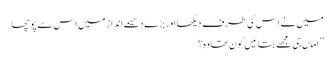
میں نے اس کی طرف دیکھا اور بڑے دھیمے انداز میں اس سے پوچھا
” اماں جی مجھے بتائیں کون تھا وہ؟